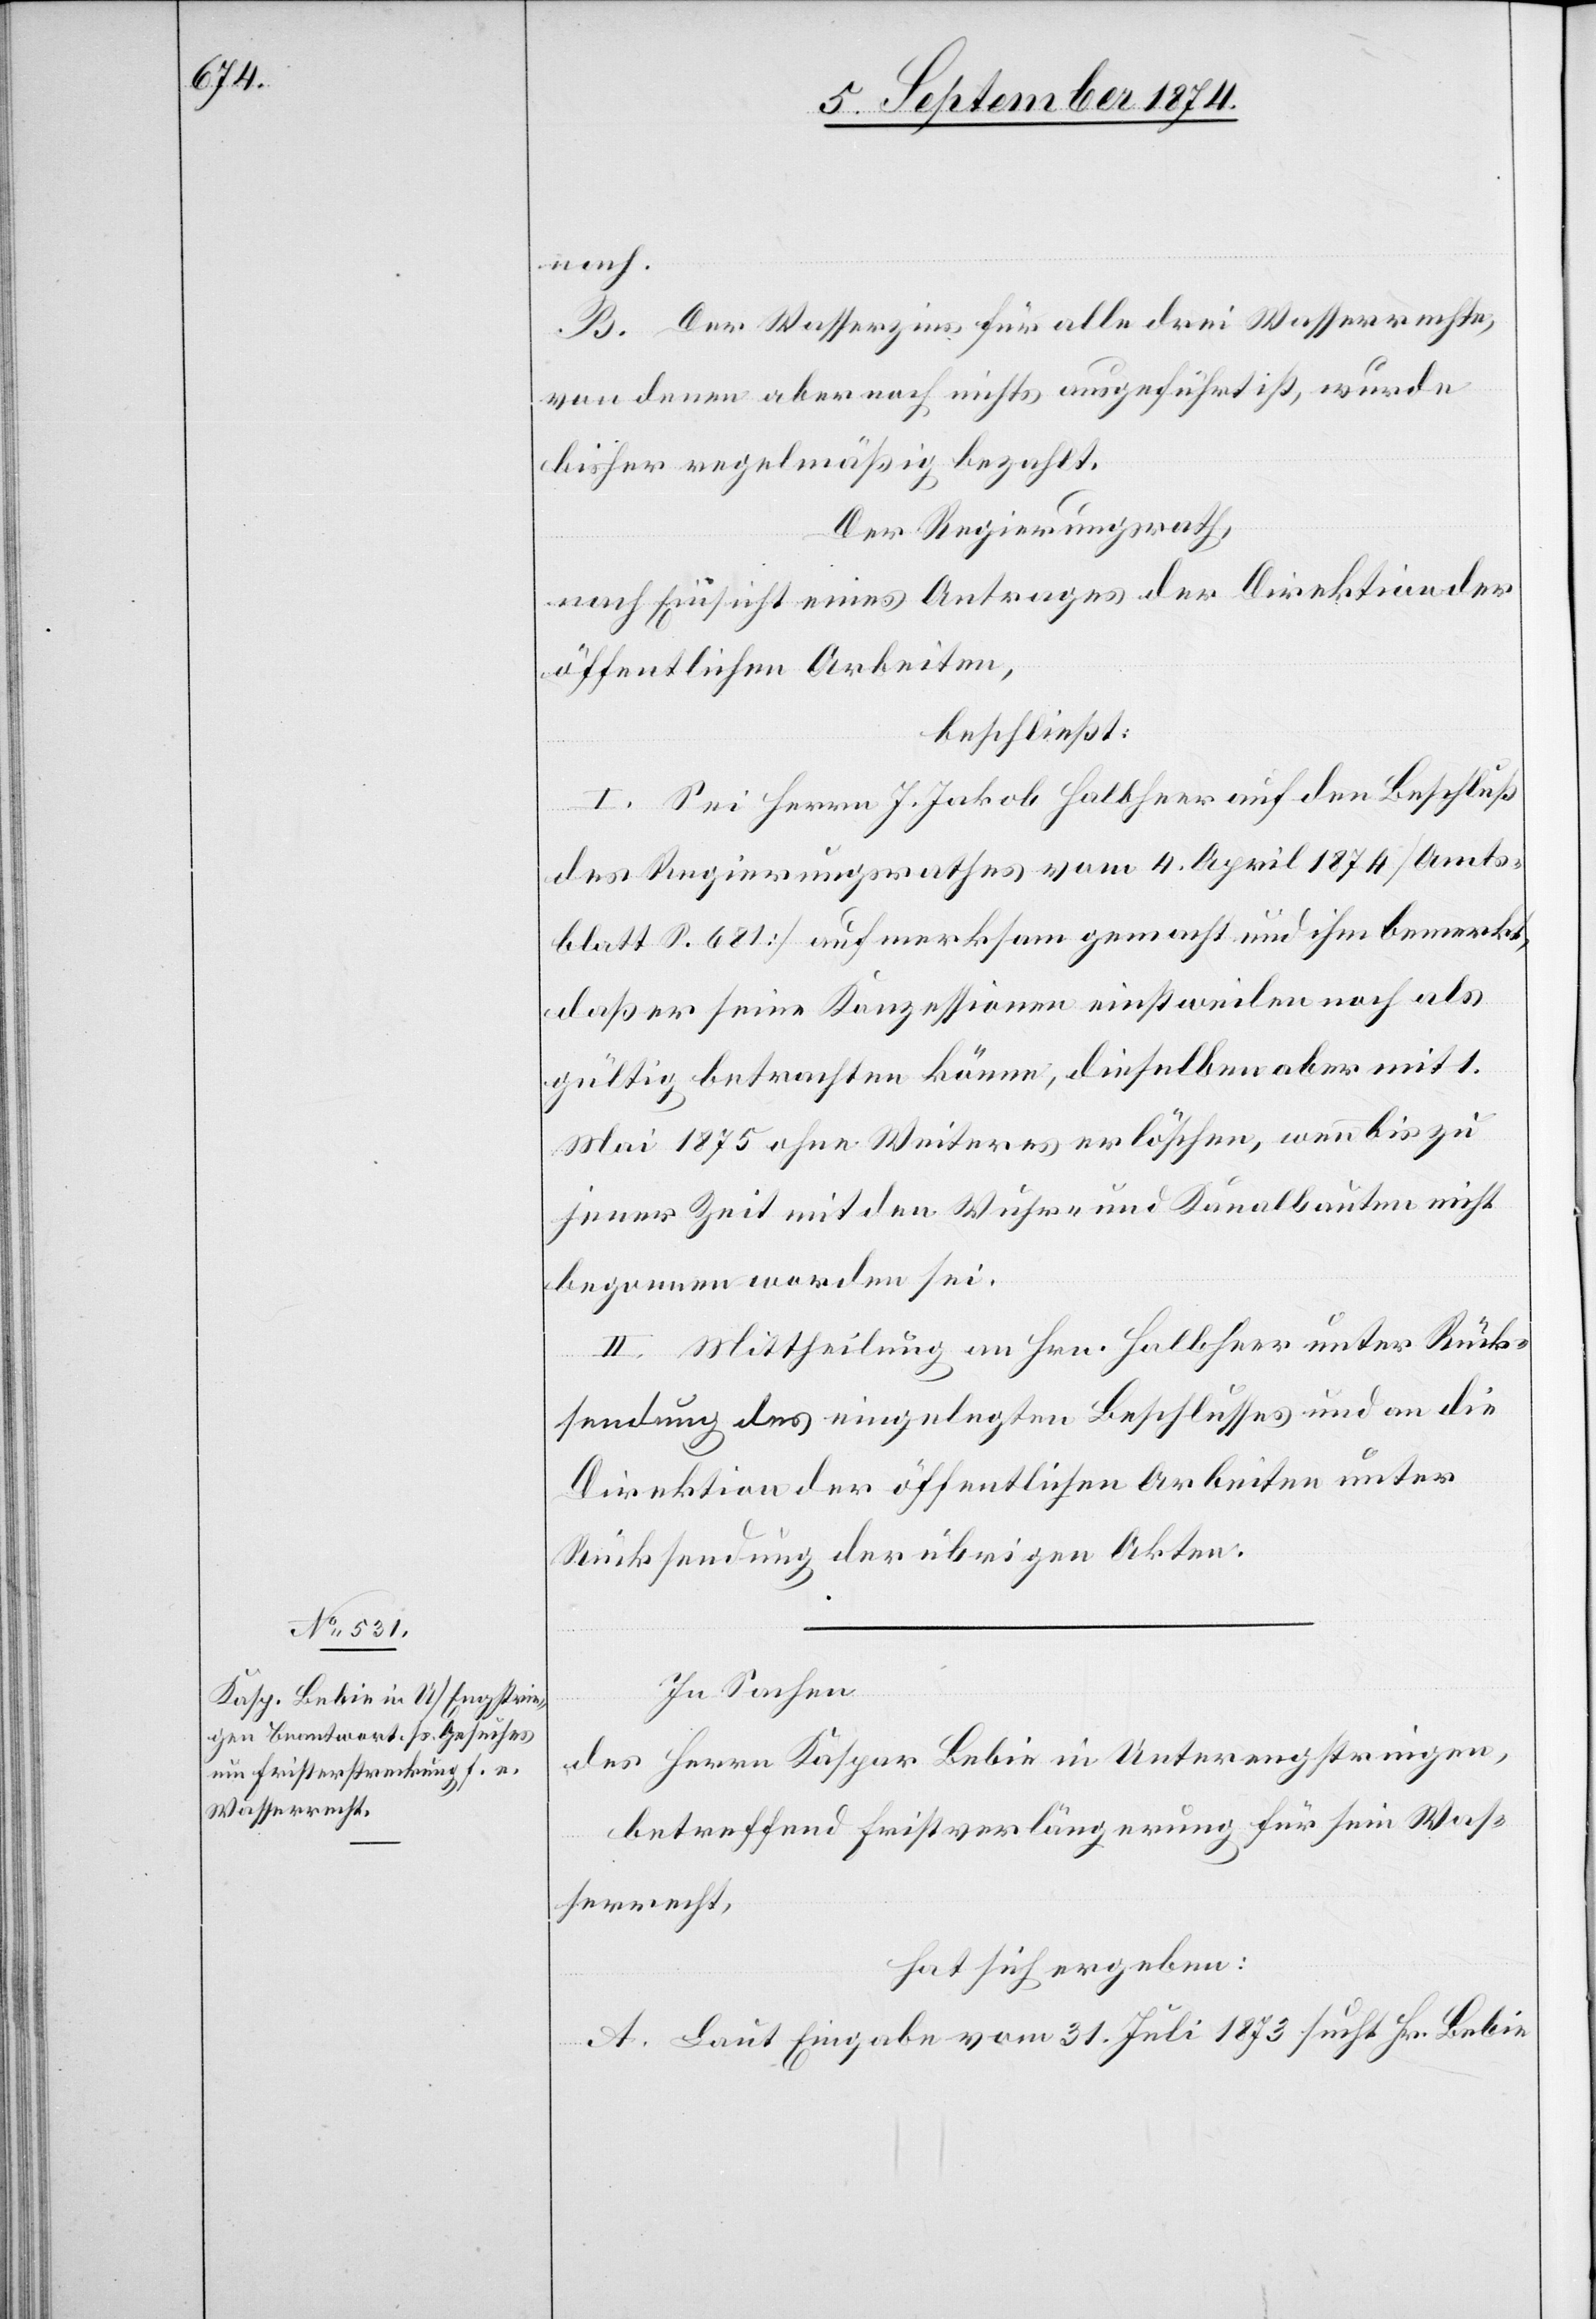
nach.
B. Der Wasserzins für alle drei Wasserrechte,
von denen aber noch nichts ausgeführt ist, wurde
bisher regelmäßig bezahlt.
Der Regierungsrath,
nach Einsicht eines Antrages der Direktion der
öffentlichen Arbeiten,
beschließt:
I. Sei Herrn J. Jakob Halbheer auf den Beschluß
des Regierungsrathes vom 4. April 1874 [Amts¬
blatt S. 681] aufmerksam gemacht und ihm bemerkt,
daß er seine Konzessionen einstweilen noch als
gültig betrachten könne, dieselben aber mit 1.
Mai 1875 ohne Weiteres erlöschen, wenn bis zu
jener Zeit mit den Wuhr- und Kanalbauten nicht
begonnen worden sei.
II. Mittheilung an Hrn. Halbheer unter Rück¬
sendung des eingelegten Beschlusses und an die
Direktion der öffentlichen Arbeiten unter
Rücksendung der übrigen Akten.
In Sachen
des Herrn Kaspar Bebie in Unterengstringen,
betreffend Fristverlängerung für sein Was¬
serrecht,
hat sich ergeben:
A. Laut Eingabe vom 31. Juli 1873 sucht Hr. Bebie